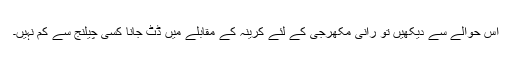
اس حوالے سے دیکھیں تو رانی مکھرجی کے لئے کرینہ کے مقابلے میں ڈٹ جانا کسی چیلنج سے کم نہیں۔